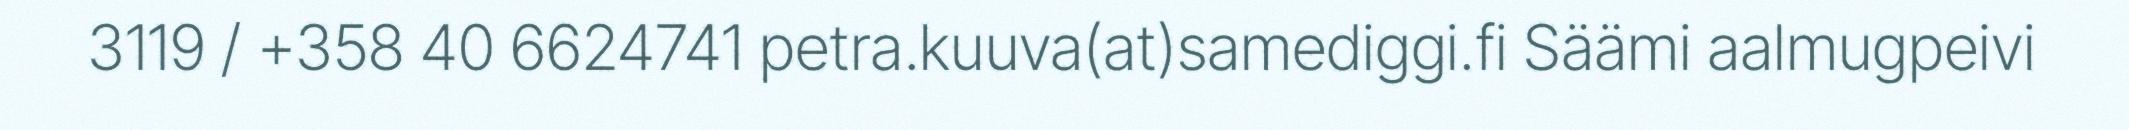
3119 / +358 40 6624741 petra.kuuva(at)samediggi.fi Säämi aalmugpeivi